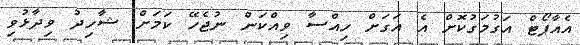
އެއާޕޯޓް އަގުމަގުކޮށް އެ އަގަށް ހިއްސާ ވިއްކަން ނުޖެހޭ ކަމަށް ޝާހިދު ވިދާޅުވި